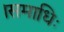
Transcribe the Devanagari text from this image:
।समाधिः